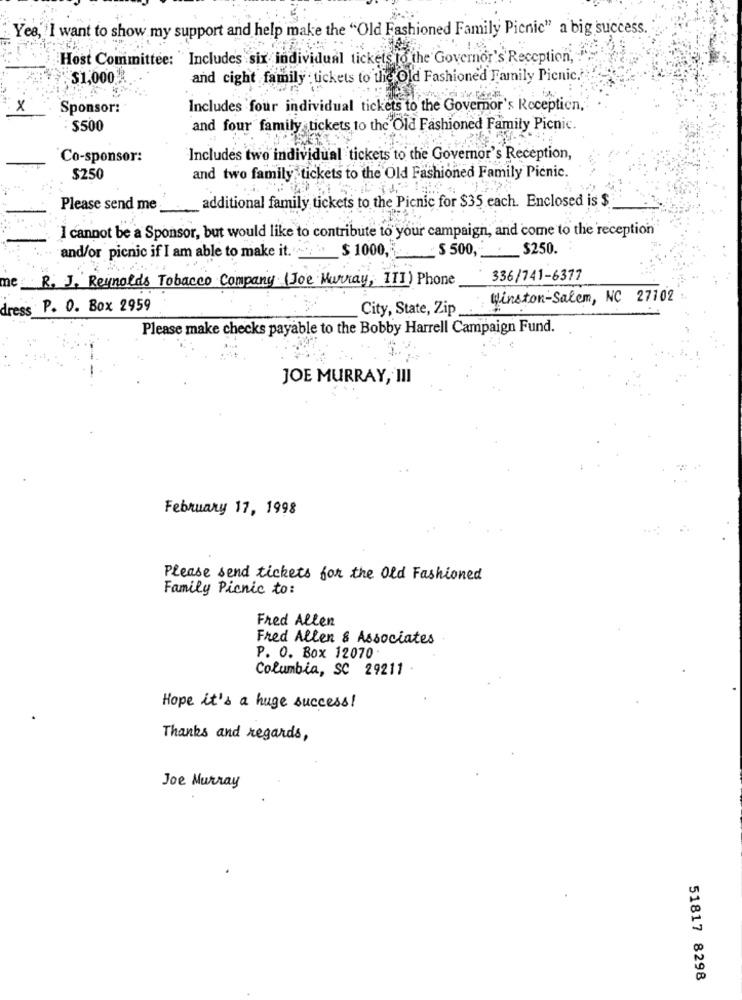
Yes, I want to show my support and help make the "Old Fashioned Family Picnic" a big success.
Host Committee: Includes six individual tickets to the Governor's Reception,
$1,000 *
and cight family tickets to the Old Fashioned Family Picnic .?
X
Sponsor:
Includes four individual tickets to the Governor's Receptien,
$500
and four family tickets to the Old Fashioned Family Picnic.
Co-sponsor:
Includes two individual tickets to the Governor's Reception,
$250
and two family tickets to the Old Fashioned Family Picnic.
additional family tickets to the Picnic for $35 each. Enclosed is $
Please send me
I cannot be a Sponsor, but would like to contribute to your campaign, and come to the reception
and/or picnic if I am able to make it.
$ 1000,5
$ 500,
$250.
R. J. Reynolds Tobacco Company (Joe Murray, III ) Phone
336/741-6377
Winston-Salem, NC 27102
dress
P. O. Box 2959
City, State, Zip
Please make checks payable to the Bobby Harrell Campaign Fund.
JOE MURRAY, III
February 17, 1998
Please send tickets for the Old Fashioned
Family Picnic to:
Fred Allen
Fred Allen & Associates
P. O. Box 12070.
Columbia, SC 29211
Hope it's a huge success!
Thanks and regards,
Joe Murray
51817 8298